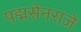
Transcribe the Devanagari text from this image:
पद्मसेनराजे